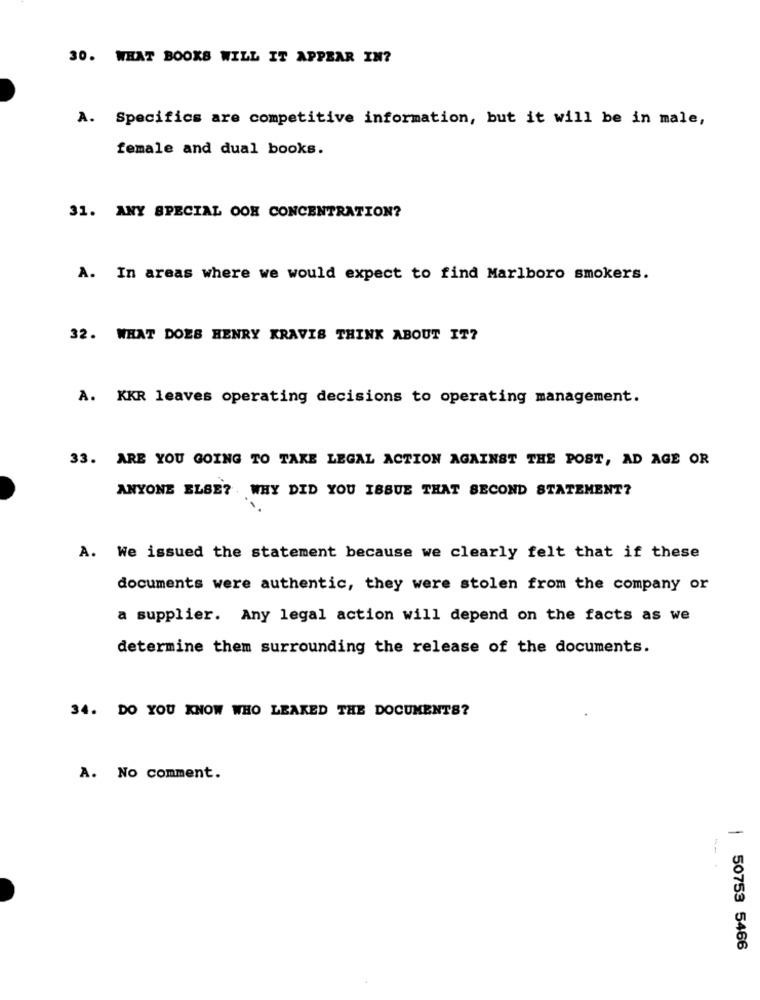
30. WHAT BOOKS WILL IT APPEAR IN?
A. Specifics are competitive information, but it will be in male,
female and dual books.
31. ANY SPECIAL OOK CONCENTRATION?
A. In areas where we would expect to find Marlboro smokers.
32. WHAT DOES HENRY KRAVIS THINK ABOUT IT?
A. KKR leaves operating decisions to operating management.
33. ARE YOU GOING TO TAKE LEGAL ACTION AGAINST THE POST, AD AGE OR
ANYONE ELSE? . WHY DID YOU ISSUE THAT SECOND STATEMENT?
A. We issued the statement because we clearly felt that if these
documents were authentic, they were stolen from the company or
a supplier. Any legal action will depend on the facts as we
determine them surrounding the release of the documents.
34. DO YOU KNOW WHO LEAKED THE DOCUMENTS?
A. No comment.
| 50753 5466